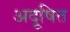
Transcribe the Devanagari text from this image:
अदूषित